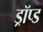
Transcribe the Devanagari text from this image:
ड्रॉप्ड